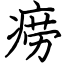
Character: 痨